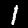
Digit: 1